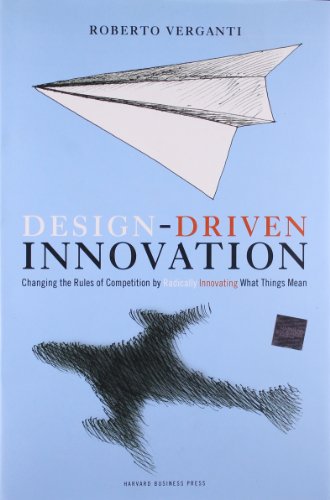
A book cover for Design Driven Innovation: Changing the Rules of Competition by Radically Innovating What Things Mean; Roberto Verganti; Business & Money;